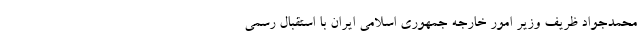
محمدجواد ظریف وزیر امور خارجه جمهوری اسلامی ایران با استقبال رسمی